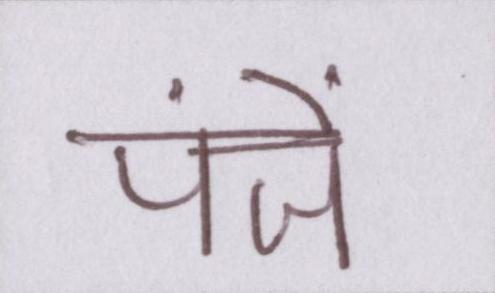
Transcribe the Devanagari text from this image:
पंजें